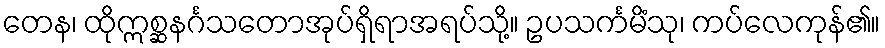
တေန၊ ထိုဣစ္ဆနင်္ဂသတောအုပ်ရှိရာအရပ်သို့။ ဥပသင်္ကမိံသု၊ ကပ်လေကုန်၏။